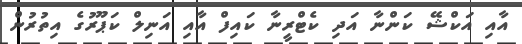
އާއި އަކްޝޭ ކަންނާ އަދި ކެޓްރީނާ ކައިފް އާއި އަނިލް ކަޕޫރުގެ އިތުރުން